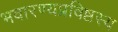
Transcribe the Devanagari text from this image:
भवारण्यप्रविष्टस्य